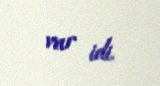
var idi.